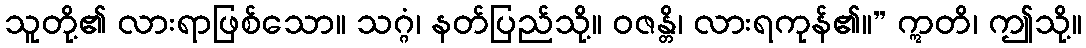
သူတို့၏ လားရာဖြစ်သော။ သဂ္ဂံ၊ နတ်ပြည်သို့။ ဝဇန္တိ၊ လားရကုန်၏။” ဣတိ၊ ဤသို့။